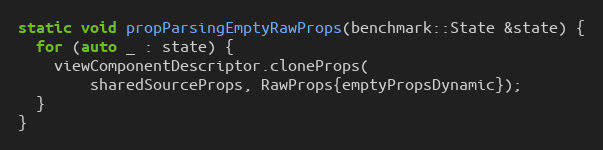
Language: C++
static void propParsingEmptyRawProps(benchmark::State &state) {
  for (auto _ : state) {
    viewComponentDescriptor.cloneProps(
        sharedSourceProps, RawProps{emptyPropsDynamic});
  }
}